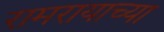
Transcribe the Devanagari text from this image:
रामरायाच्या